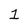
Character: 1